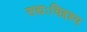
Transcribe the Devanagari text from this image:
सद्यःचिद्दश्य